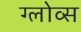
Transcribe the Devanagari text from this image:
ग्लोव्स